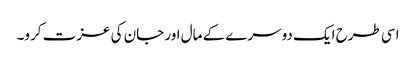
اسی طرح ایک دوسرے کے مال اور جان کی عزت کرو۔